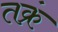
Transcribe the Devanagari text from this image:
तक्रं